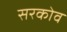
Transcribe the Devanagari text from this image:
सरकोव